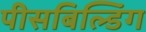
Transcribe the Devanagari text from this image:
पीसबिल्डिंग